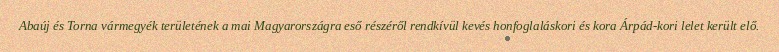
Abaúj és Torna vármegyék területének a mai Magyarországra eső részéről rendkívül kevés honfoglaláskori és kora Árpád-kori lelet került elő.